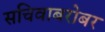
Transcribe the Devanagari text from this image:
सचिवाबरोबर